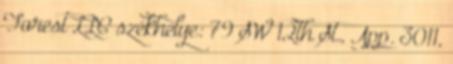
Forest LLC székhelye: 79 SW 12th St., App. 3011,